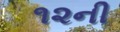
૧૨ની